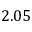
2 . 0 5